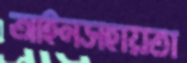
আইনসহায়তা